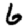
Digit: 6